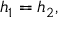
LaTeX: h _ { 1 } = h _ { 2 } ,